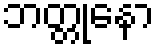
ဘတ္တုနော